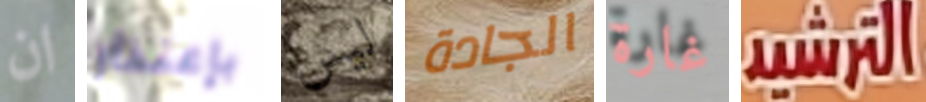
ان بإعتذار ليس الجادة غارة الترشيد